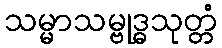
သမ္မာသမ္ဗုဒ္ဓသုတ္တံ